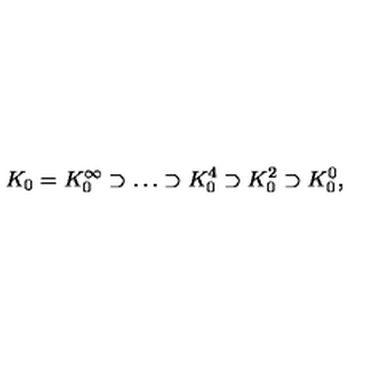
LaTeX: K _ { 0 } = K _ { 0 } ^ { \infty } \supset \ldots \supset K _ { 0 } ^ { 4 } \supset K _ { 0 } ^ { 2 } \supset K _ { 0 } ^ { 0 } ,